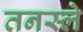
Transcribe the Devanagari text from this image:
तनस्ले